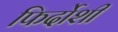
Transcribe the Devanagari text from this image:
फिर्दोशी